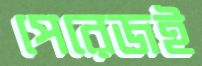
পেরেজই